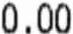
0.00